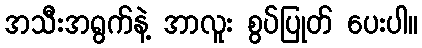
အသီးအရွက်နဲ့ အာလူး စွပ်ပြုတ် ပေးပါ။